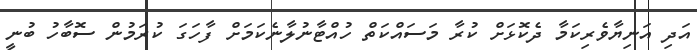
އަދި އަނިޔާވެރިކަމާ ދެކޮޅަށް ކުރާ މަސައްކަތް ހުއްޓާނުލާނެކަމަށް ފާހަގަ ކުރަމުން ސޮބާހު ބުނީ